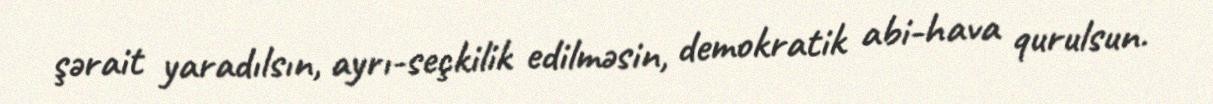
şərait yaradılsın, ayrı-seçkilik edilməsin, demokratik abi-hava qurulsun.